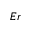
E r